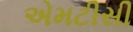
એમટીસી